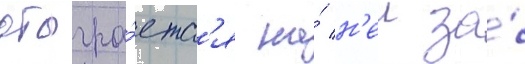
отыгра́етс'я на́ н'еи за́